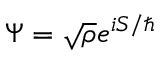
\Psi = { \sqrt { \rho } } e ^ { i S / \hbar }